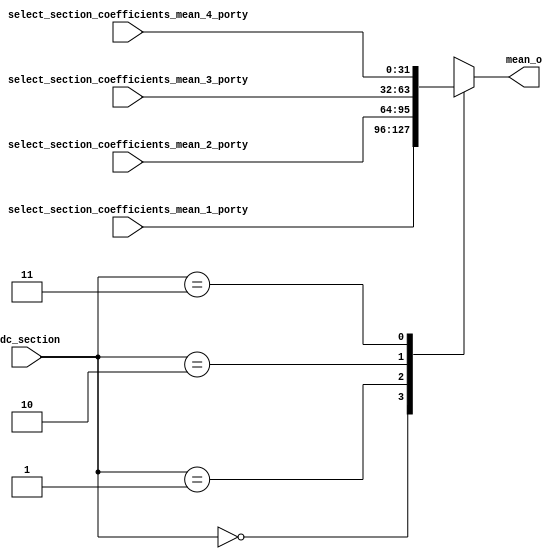
`timescale 1ns / 1ps
//////////////////////////////////////////////////////////////////////////////////
// Company: 
// Engineer: 
// 
// Design Name: 
// Module Name:    mean_selection 
// Project Name: 
// Target Devices: 
// Tool versions: 
// Description: 
//
// Dependencies: 
//
// Revision: 
// Revision 0.01 - File Created
// Additional Comments: 
//
//////////////////////////////////////////////////////////////////////////////////
module mean_selection(
    input [31:0] select_section_coefficients_mean_4_porty, // ufix32
    input [31:0] select_section_coefficients_mean_3_porty, // ufix32
    input [31:0] select_section_coefficients_mean_2_porty, // ufix32
    input [31:0] select_section_coefficients_mean_1_porty, // ufix32
	 input [1:0] adc_section,
	 output reg [31:0] mean_o
    );

always @(*)
begin
	case(adc_section)
		2'b00:
		begin
			mean_o = select_section_coefficients_mean_1_porty;
		end
		2'b01:
		begin
			mean_o = select_section_coefficients_mean_2_porty;
		end
		2'b10:
		begin
			mean_o = select_section_coefficients_mean_3_porty;
		end
		2'b11:
		begin
			mean_o = select_section_coefficients_mean_4_porty;
		end
	
	endcase
end

endmodule